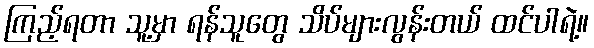
ကြည့်ရတာ သူ့မှာ ရန်သူတွေ သိပ်များလွန်းတယ် ထင်ပါရဲ့။